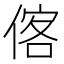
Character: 𬾼